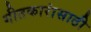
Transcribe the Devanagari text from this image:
गीतकारांसाठी